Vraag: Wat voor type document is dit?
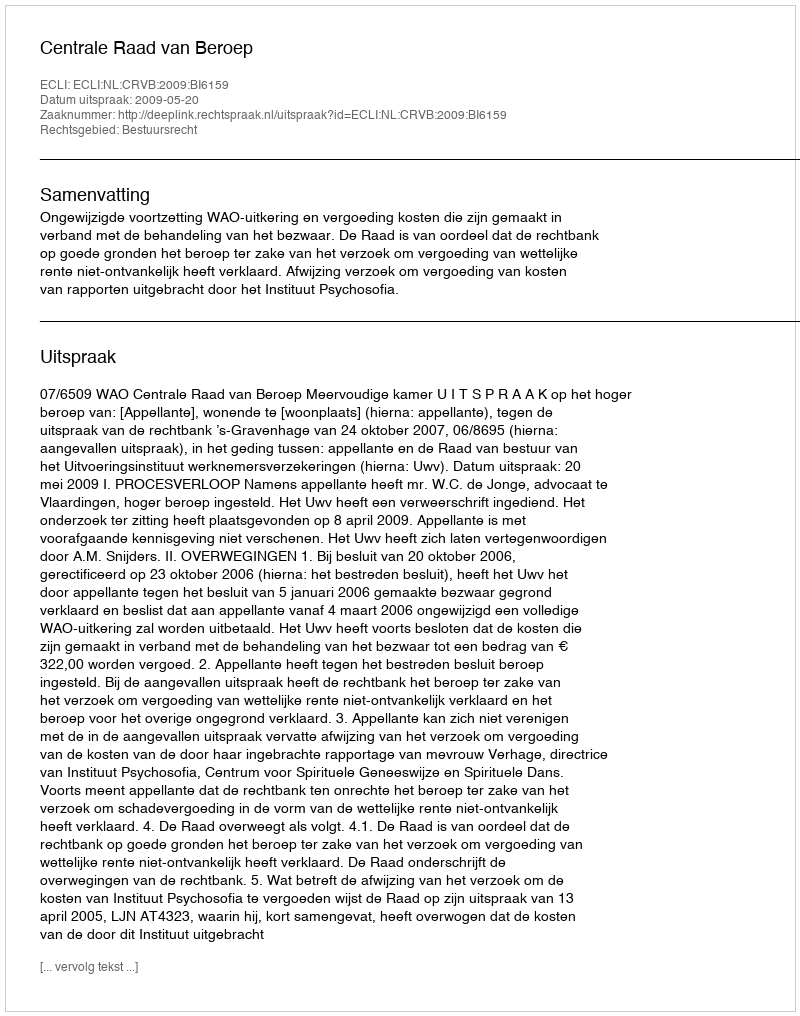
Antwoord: Uitspraak